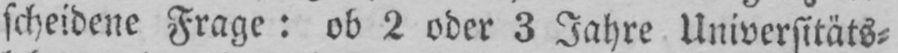
scheidene Frage: ob 2 oder 3 Jahre Universitäts⸗